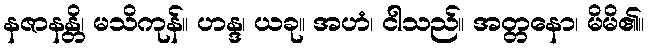
နဇာနန္တိ၊ မသိကုန်။ ဟန္ဒ၊ ယခု။ အဟံ၊ ငါသည်။ အတ္တနော၊ မိမိ၏။